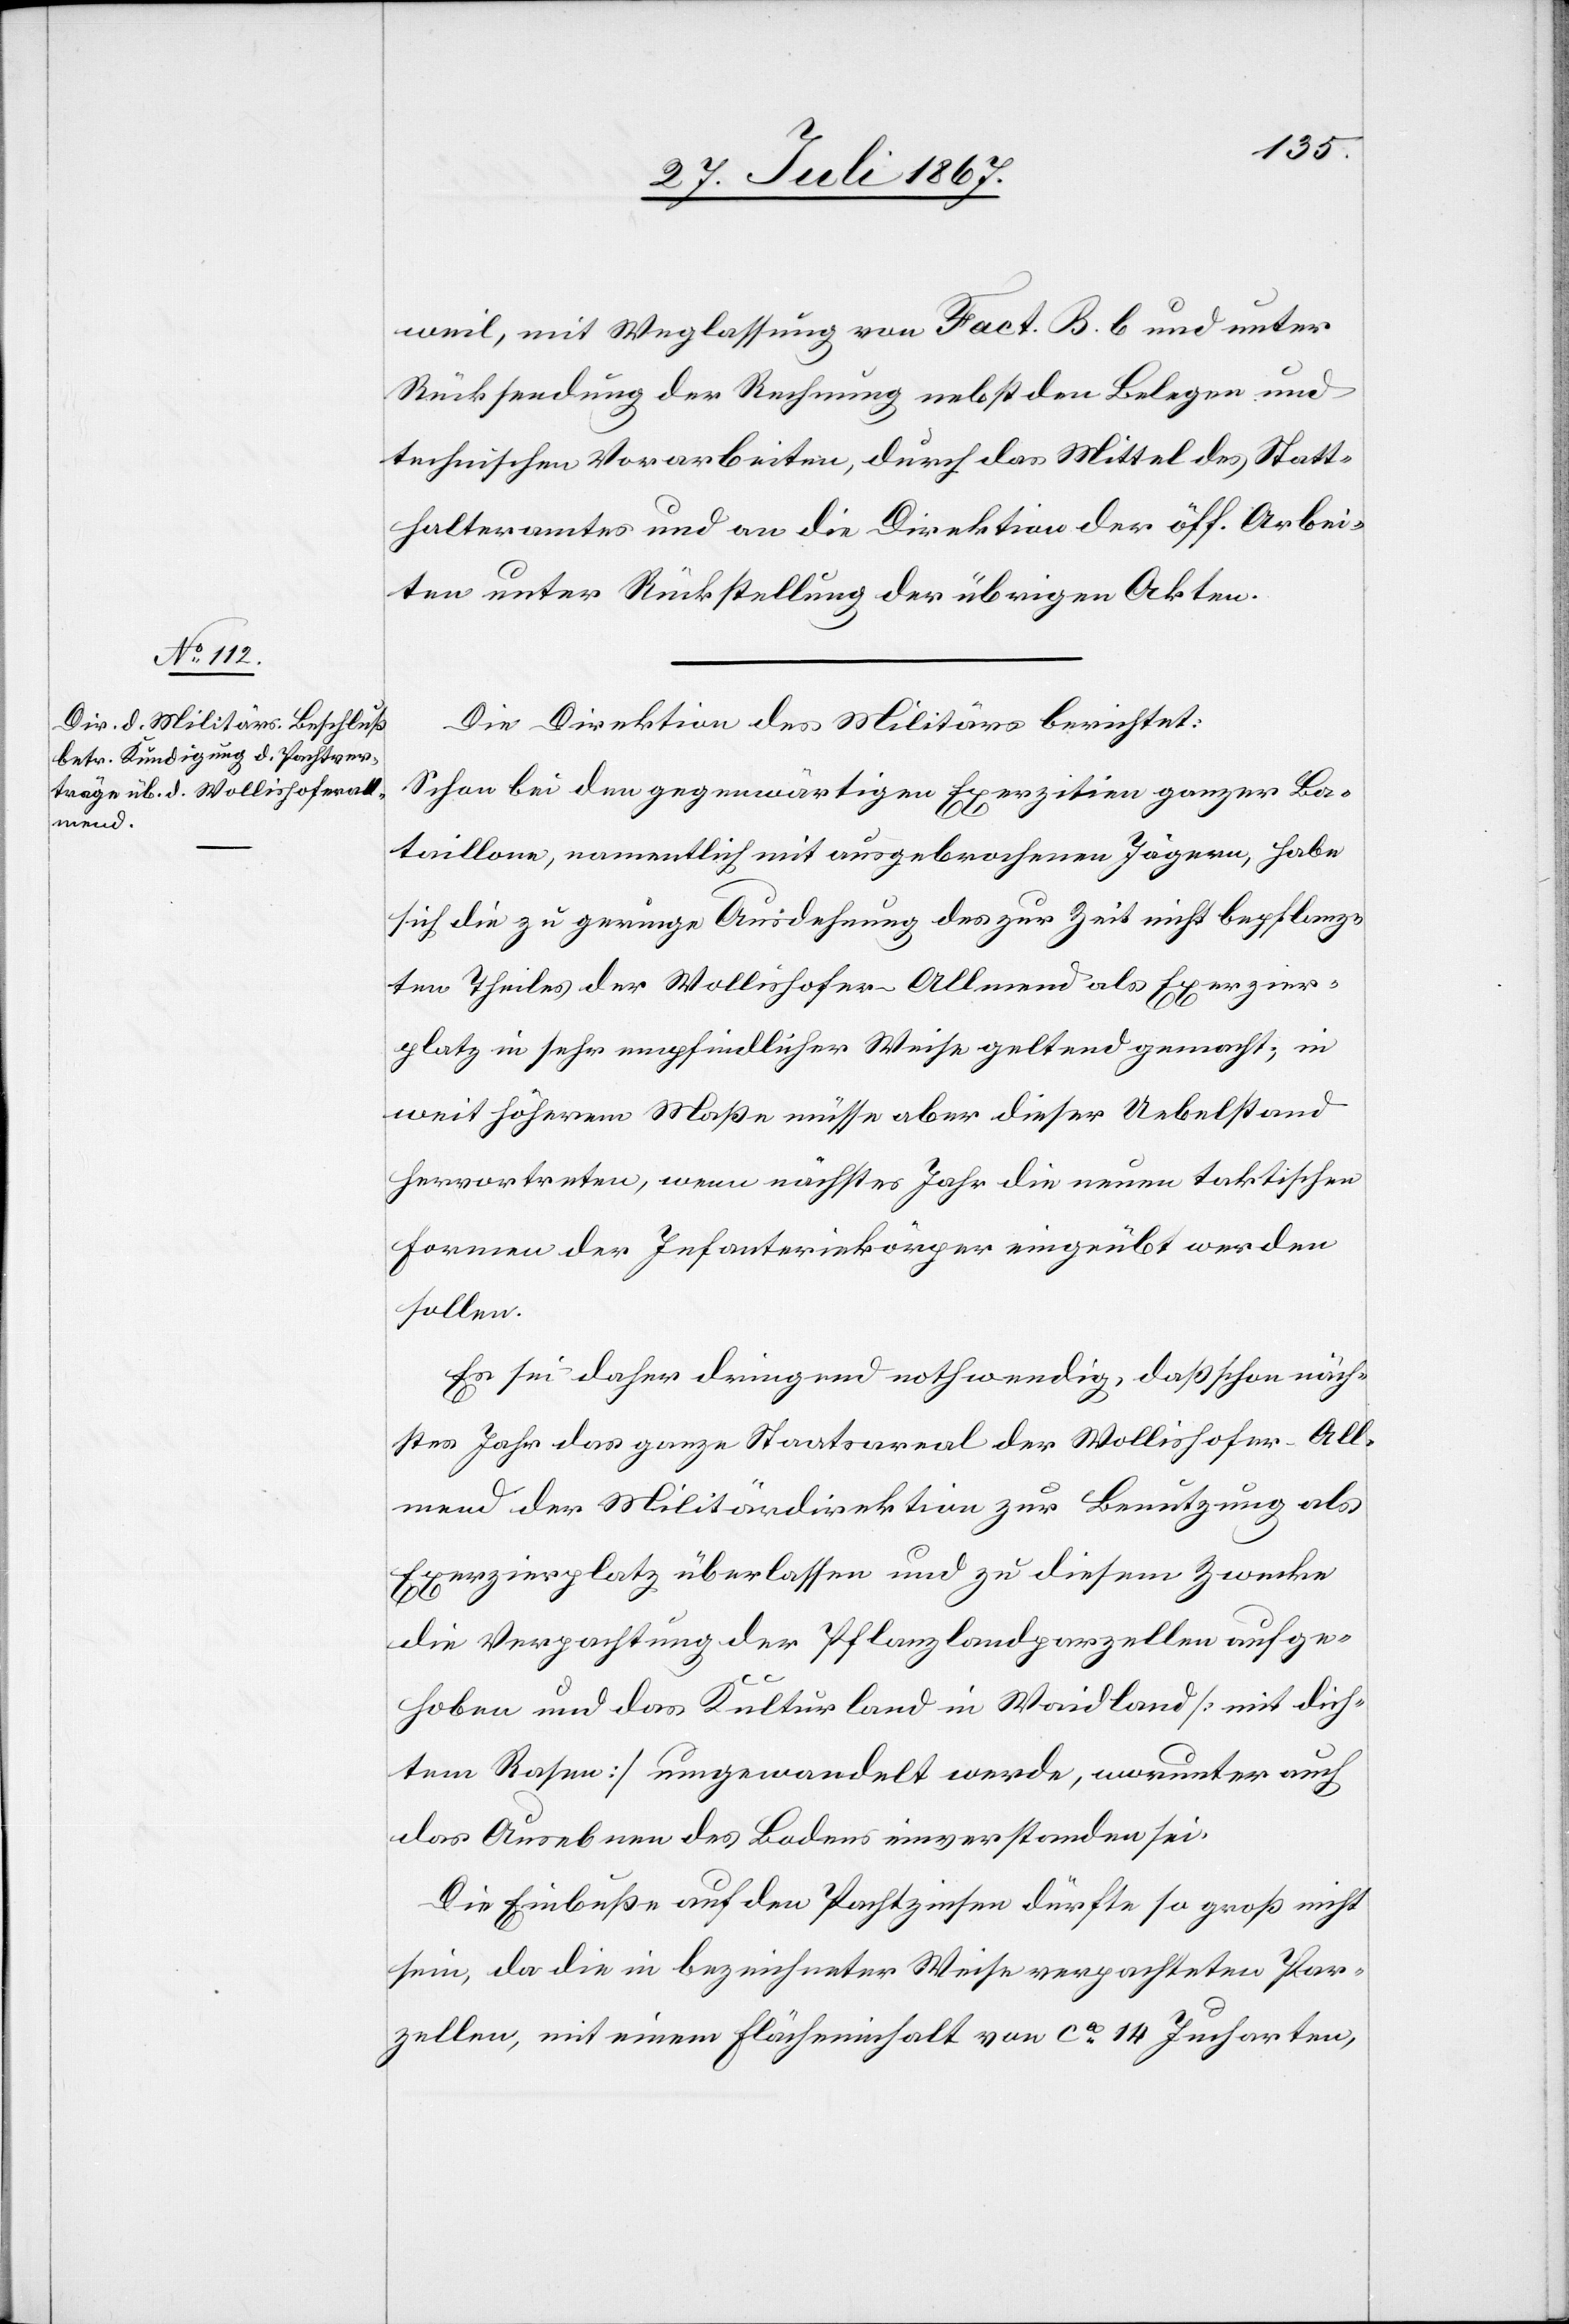
weil, mit Weglassung von Fact. B. b du unter
Rücksendung der Rechnung nebst den Belegen und
technischen Vorarbeiten, durch das Mittel des Statt¬
halteramtes und an die Direktion der öff. Arbei¬
ten unter Rückstellung der übrigen Akten.
Die Direktion des Militärs berichtet:
Schon bei den gegenwärtigen Exerzitien ganzer Ba¬
taillone, namentlich mit ausgebrochenen Jägern, habe
sich die zu geringe Ausdehnung des zur Zeit nicht bepflan¬
zen Theiles der Wollishofer Allmend als Exerzier¬
platz in sehr empfindlicher Weise geltend gemacht; in
weit höherm Maße müsse aber dieser Umstand
hervortreten, wenn nächstes Jahr die neuen taktischen
Formen der Infanteriekörper eingeübt werden
sollen.
Es sei daher dringend nothwendig, daß schon näch¬
stes Jahr das ganze Staatsareal der Wollishofer-All¬
mend der Militärdirektion zur Benutzung als
Exerzierplatz überlassen und zu diesem Zwecke
die Verpachtung der Pflanzlandparzellen aufge¬
hoben und das Kulturland in Waidland [mit dich¬
tem Rasen] umgewandelt werde, worunter auch
das Ausebnen des Bodens einverstanden sei.
Die Einbuße auf den Pachtzinsen dürfte so groß nicht
sein, da die in bezeichneter Weise verpachteten Par¬
zellen, mit einem Flächeninhalt von ca. 14 Jucharten,